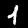
Label: 1